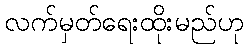
လက်မှတ်ရေးထိုးမည်ဟု